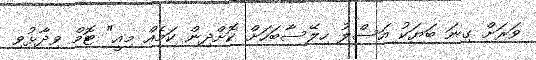
ވަރަށް ގިނަ ބަޔަކު އަސްލު ހިލޭސާބަހަށް ކޮށްދިން ކަމެއް މިއީ" ޓޮމް ވިދާޅުވި